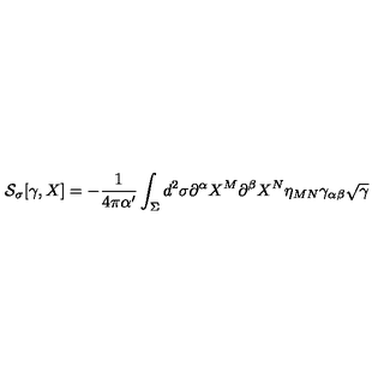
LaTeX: { \cal S } _ { \sigma } [ \gamma , X ] = - \frac { 1 } { 4 \pi \alpha ^ { \prime } } \int _ { \Sigma } d ^ { 2 } \sigma \partial ^ { \alpha } X ^ { M } \partial ^ { \beta } X ^ { N } \eta _ { M N } \gamma _ { \alpha \beta } \sqrt { \gamma }